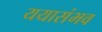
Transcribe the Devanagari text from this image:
ययासंभव